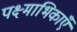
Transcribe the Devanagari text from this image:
पक्ष्माभिकाएँ